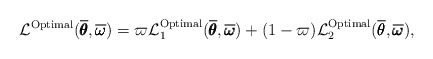
\begin{align*} \mathcal{L}^{\mathrm{Optimal}}(\overline{\pmb{\theta}}, \overline{\pmb{\omega}}) = \varpi \mathcal{L}^{\mathrm{Optimal}}_{1}(\overline{\pmb{\theta}}, \overline{\pmb{\omega}}) + (1-\varpi) \mathcal{L}^{\mathrm{Optimal}}_{2}(\overline{\pmb{\theta}}, \overline{\pmb{\omega}}),\end{align*}